Annual report of the Imperial Bacteriologist
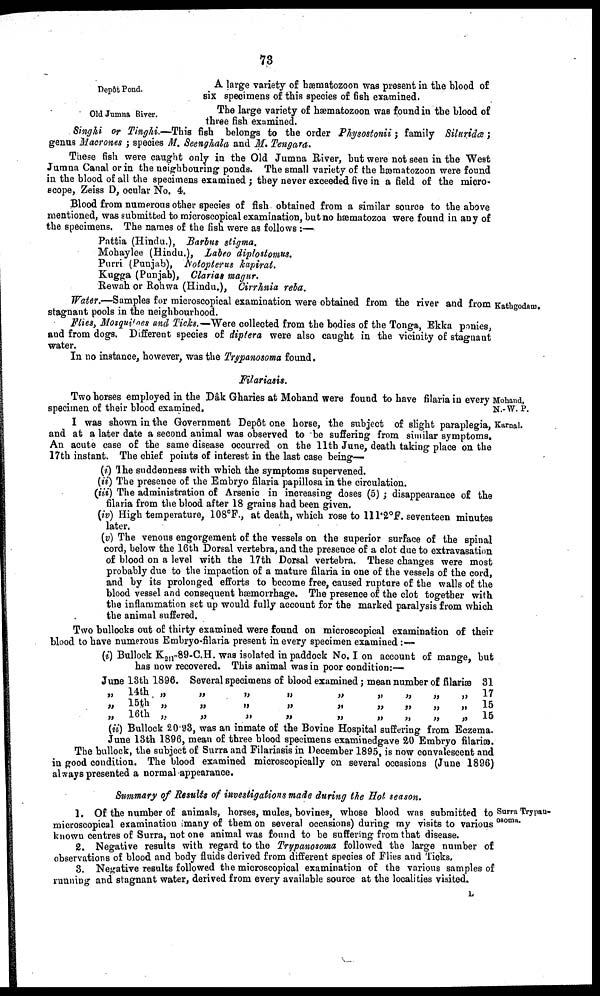
73
Depôt Pond.
A large variety of hæmatozoon was present in the blood of
six specimens of this species of fish examined.
Old Jumna River.
The large variety of hæmatozoon was found in the blood of
three fish examined.
Singhi or Tinghi.—This fish belongs to the order Physostonii ; family Siluridæ;
genus Macrones ; species M. Seenghala and M. Tengara.
These fish were caught only in the Old Jumna River, but were not seen in the West
Jumna Canal or in the neighbouring ponds. The small variety of the hæmatozoon were found
in the blood of all the specimens examined; they never exceeded five in a field of the micro-
scope, Zeiss D, ocular No. 4.
Blood from numerous other species of fish obtained from a similar source to the above
mentioned, was submitted to microscopical examination, but no hæmatozoa were found in any of
the specimens. The names of the fish were as follows :—
Pattia (Hindu.), Barbus stigma.
Mobaylee (Hindu.), Labeo diplostomus.
Purri (Punjab), Notopterus kapirat.
Kugga (Punjab), Clarias magur.
Rewah or Rohwa (Hindu.), Cirrhnia reba.
Kathgodam.
Water.—Samples for microscopical examination were obtained from the river and from
stagnant pools in the neighbourhood.
Flies, Mosquitoes and Ticks.—Were collected from the bodies of the Tonga, Ekka ponies,
and from dogs. Different species of diptera were also caught in the vicinity of stagnant
water.
In no instance, however, was the Trypanosoma found.
Filariasis.
N.-W. P.
Two horses employed in the Dâk Gharies at Mohand were found to have filaria in every Mohand,
specimen of their blood examined.
I was shown in the Government Depôt one horse, the subject of slight paraplegia, Karnal.
and at a later date a second animal was observed to be suffering from similar symptoms.
An acute case of the same disease occurred on the 11th June, death taking place on the
17th instant. The chief points of interest in the last case being—
(i) The suddenness with which the symptoms supervened.
(ii) The presence of the Embryo filaria papillosa in the circulation.
(iii) The administration of Arsenic in increasing doses (5) ; disappearance of the
filaria from the blood after 18 grains had been given.
(iv) High temperature, 108°F., at death, which rose to 111.2°F. seventeen minutes
later.
(v) The venous engorgement of the vessels on the superior surface of the spinal
cord, below the 16th Dorsal vertebra, and the presence of a clot due to extravasation
of blood on a level with the 17th Dorsal vertebra. These changes were most
probably due to the impaction of a mature filaria in one of the vessels of the cord,
and by its prolonged efforts to become free, caused rupture of the walls of the
blood vessel and consequent hæmorrhage. The presence of the clot together with
the inflammation set up would fully account for the marked paralysis from which
the
animal
suffered.
Two bullocks out of thirty examined were found on microscopical examination of their
blood to have numerous Embryo-filaria present in every specimen examined :—
(i) Bullock K 211 -89-C.H. was isolated in paddock No. I on account of mange, but
has now recovered. This animal was in poor condition :—
June 13th 1896. Several specimens of blood examined; mean number of filariæ
„
„
„
14th
15th
16th
„
„
„
„
„
„
„
„
„
„
„
„
„
„
„
„
„
„
„
„
„
„
„
„
„
„
„
31
17
15
15
(ii) Bullock 20.93, was an inmate of the Bovine Hospital suffering from Eczema.
June 13th 1896, mean of three blood specimens examined gave 20 Embryo filariæ.
The bullock, the subject of Surra and Filariasis in December 1895, is now convalescent and
in good condition. The blood examined microscopically on several occasions (June 1896)
always presented a normal appearance.
Surra Trypau-
osoma.
Summary of Results of investigations made during the Hot season.
1. Of the number of animals, horses, mules, bovines, whose blood was submitted to
microscopical examination (many of them on several occasions) during my visits to various
known centres of Surra, not one animal was found to be suffering from that disease.
2. Negative results with regard to the Trypanosoma followed the large number of
observations of blood and body fluids derived from different species of Flies and Ticks.
3. Negative results followed the microscopical examination of the various samples of
running and stagnant water, derived from every available source at the localities visited.
L